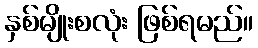
နှစ်မျိုးစလုံး ဖြစ်ရမည်။